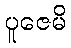
ပူဇေမိ